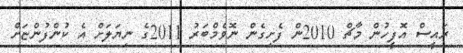
ރައީސް އޮފީހުން މާޗް 2010ން ފެށިގެން ނޮވެމްބަރު 2011ގެ ނިޔަލަށް އެ ކުންފުންޏަށް